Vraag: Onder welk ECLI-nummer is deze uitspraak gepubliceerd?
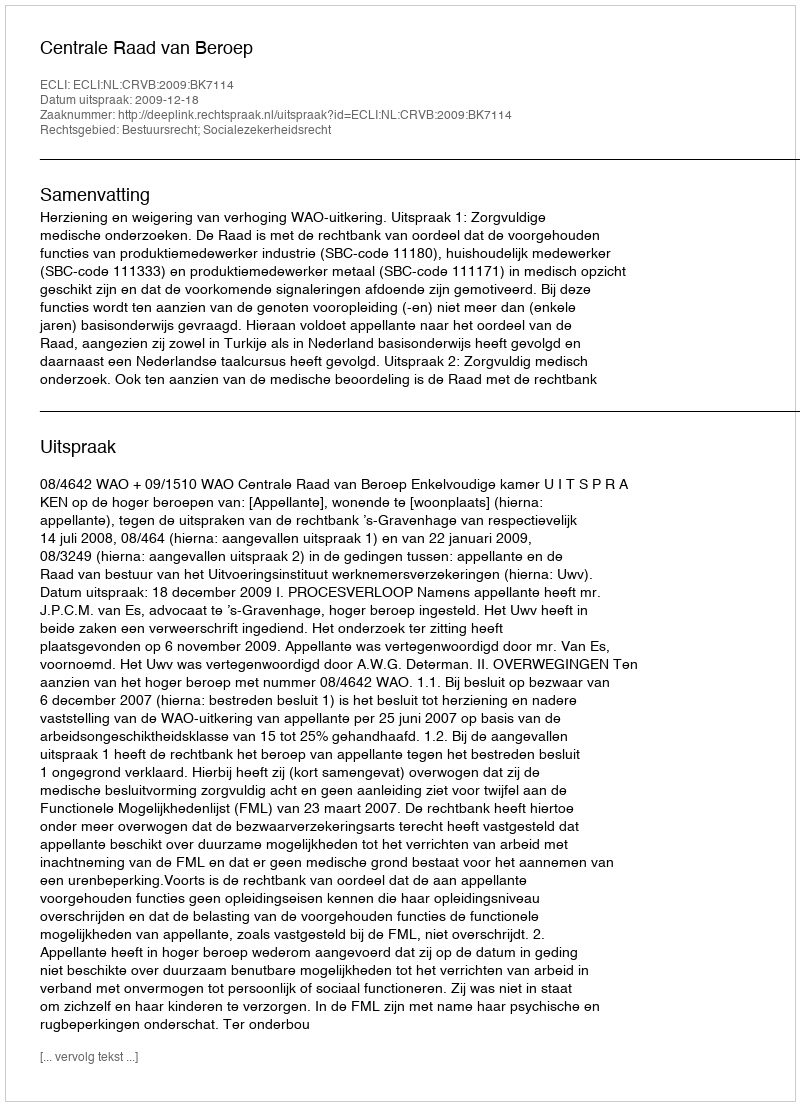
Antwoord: ECLI:NL:CRVB:2009:BK7114